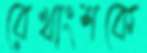
রেখাংশকে